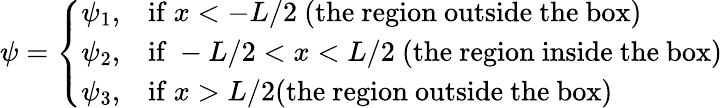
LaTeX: \psi={\left\{ \begin{array}{ll}{\psi_{1},}&{{\mathrm{if~}}x<-L/2{\mathrm{~(the~region~outside~the~box)}}}\\ {\psi_{2},}&{{\mathrm{if~}}-L/2<x<L/2{\mathrm{~(the~region~inside~the~box)}}}\\ {\psi_{3},}&{{\mathrm{if~}}x>L/2{\mathrm{(the~region~outside~the~box)}}}\end{array}\right.}